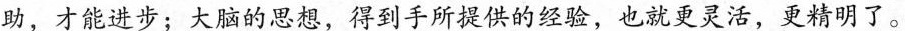
助，才能进步；大脑的思想，得到手所提供的经验，也就更灵活，更精明了。